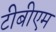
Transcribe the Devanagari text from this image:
टीबीएम